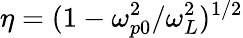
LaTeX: \eta=(1-\omega_{p0}^{2}/\omega_{L}^{2})^{1/2}